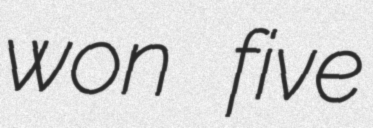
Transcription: won five